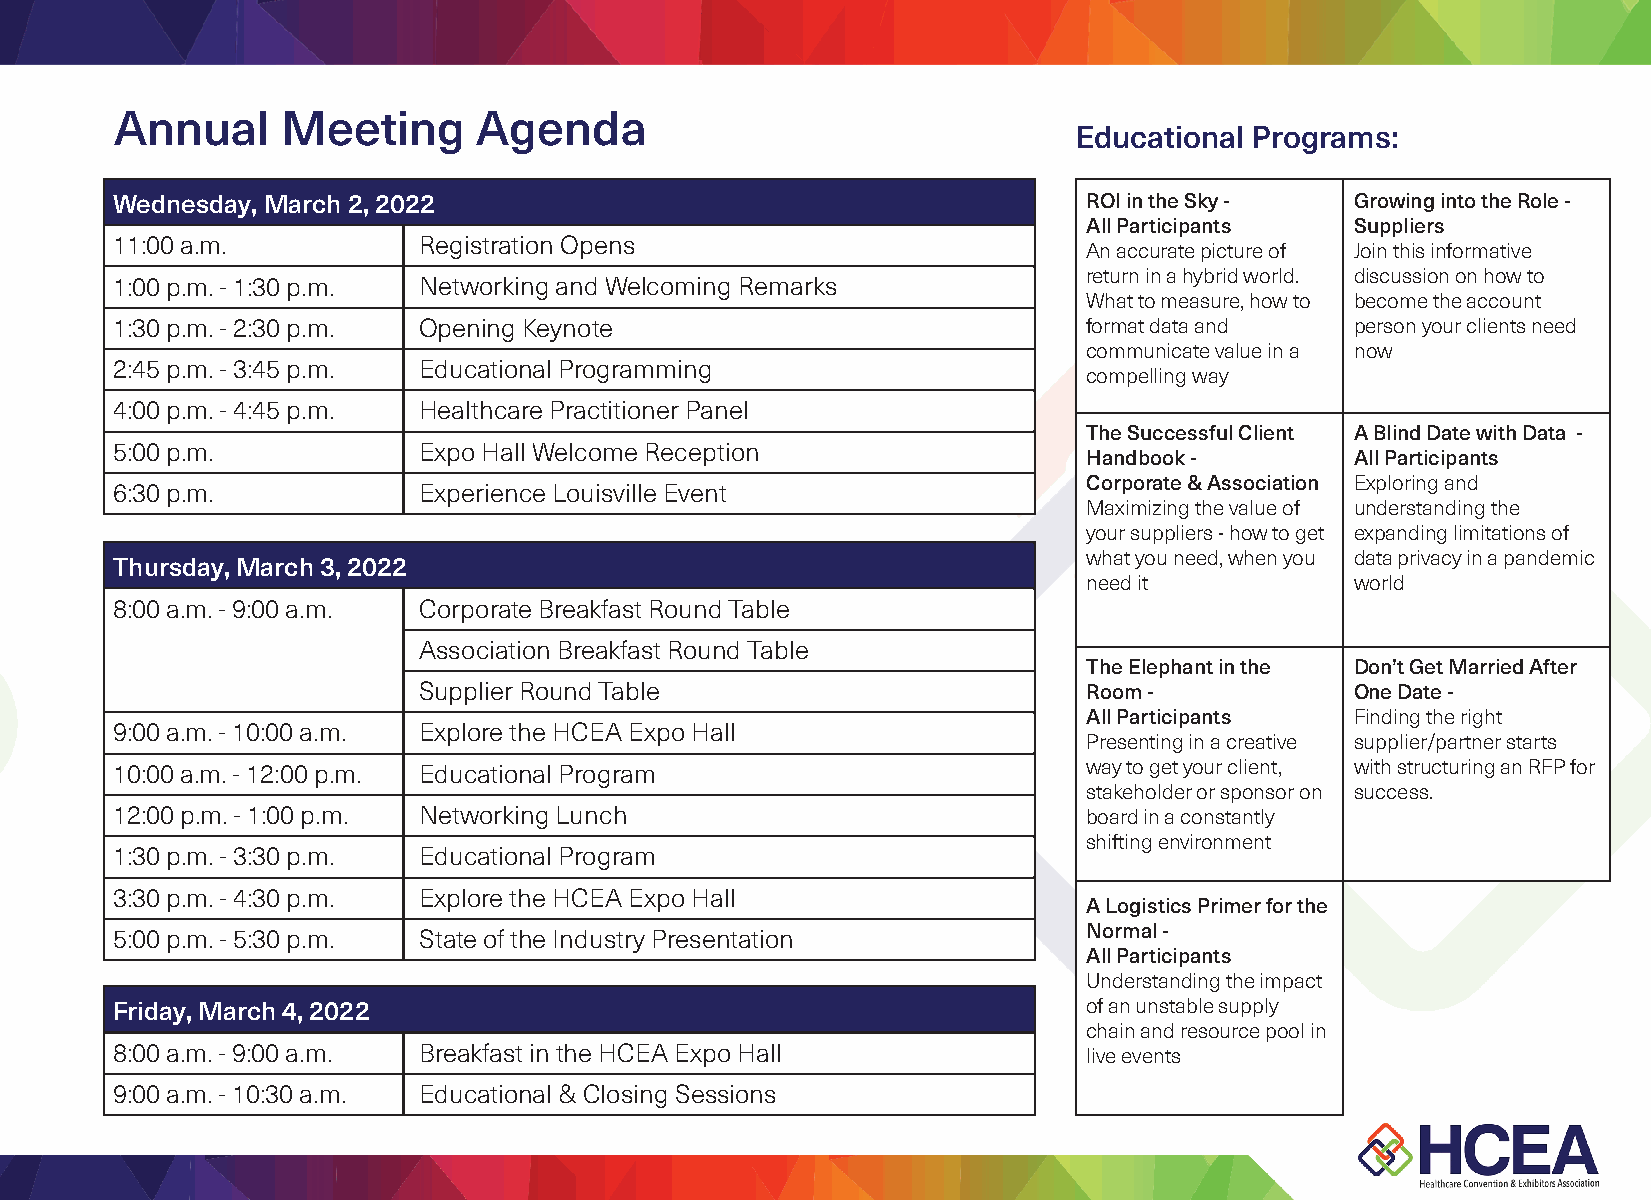
Annual     Meeting      Agenda
 Educational Programs:
 Wednesday, March 2, 2022                                         ROI in the Sky -  Growing into the Role -
 All Participants  Suppliers
 11:00 a.m.           Registration Opens
 An accurate picture of Join this informative
 return in a hybrid world. discussion on how to
 1:00 p.m. - 1:30 p.m. Networking and Welcoming Remarks
 What to measure, how to become the account
 1:30 p.m. - 2:30 p.m. Opening Keynote                            format data and   person your clients need
 communicate value in a now
 2:45 p.m. - 3:45 p.m. Educational Programming
 compelling way
 4:00 p.m. - 4:45 p.m. Healthcare Practitioner Panel
 The Successful Client A Blind Date with Data -
 5:00 p.m.            Expo Hall Welcome Reception
 Handbook -        All Participants
 Corporate & Association Exploring and
 6:30 p.m.            Experience Louisville Event
 Maximizing the value of understanding the
 your suppliers - how to get expanding limitations of
 what you need, when you data privacy in a pandemic
 Thursday, March 3, 2022
 need it           world
 8:00 a.m. - 9:00 a.m. Corporate Breakfast Round Table
 Association Breakfast Round Table
 The Elephant in the Don’t Get Married After
 Supplier Round Table                        Room -            One Date -
 All Participants  Finding the right
 9:00 a.m. - 10:00 a.m. Explore the HCEA Expo Hall
 Presenting in a creative supplier/partner starts
 10:00 a.m. - 12:00 p.m. Educational Program                      way to get your client, with structuring an RFP for
 stakeholder or sponsor on success.
 12:00 p.m. - 1:00 p.m. Networking Lunch                          board in a constantly
 shifting environment
 1:30 p.m. - 3:30 p.m. Educational Program
 3:30 p.m. - 4:30 p.m. Explore the HCEA Expo Hall
 A Logistics Primer for the
 5:00 p.m. - 5:30 p.m. State of the Industry Presentation         Normal -
 All Participants
 Understanding the impact
 Friday, March 4, 2022                                            of an unstable supply
 chain and resource pool in
 8:00 a.m. - 9:00 a.m. Breakfast in the HCEA Expo Hall            live events
 9:00 a.m. - 10:30 a.m. Educational & Closing Sessions